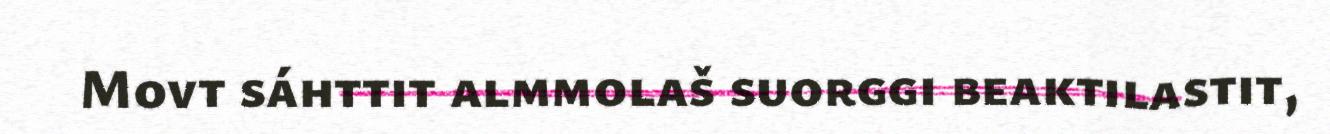
Movt sáhttit almmolaš suorggi beaktilastit,